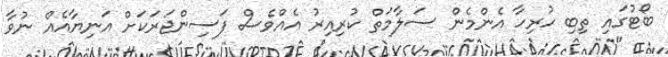
ބޯޓުގައި ތިބި ހުރިހާ އެންމެން ސަލާމަތް ކުރިއިރު އެއްވެސް ފަސިންޖަރަކަށް އަނިޔާއެއް ނުވާ